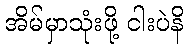
အိမ်မှာသုံးဖို့ ငါးပဲနိ